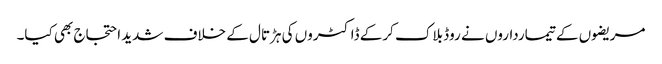
مریضوں کے تیمارداروں نے روڈ بلاک کرکے ڈاکٹروں کی ہڑتال کے خلاف شدید احتجاج بھی کیا۔